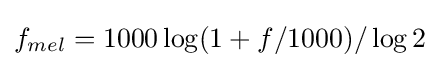
f_{mel}=1000\log(1+f/1000)/\log 2